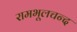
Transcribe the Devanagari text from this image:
रामभूलचन्द